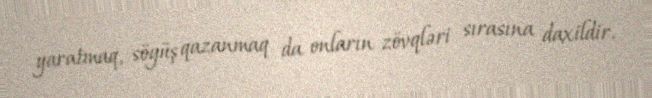
yaratmaq, söyüş qazanmaq da onların zövqləri sırasına daxildir.